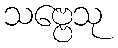
သဗ္ဗေသု